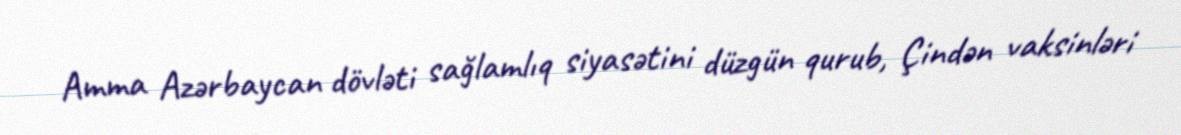
Amma Azərbaycan dövləti sağlamlıq siyasətini düzgün qurub, Çindən vaksinləri